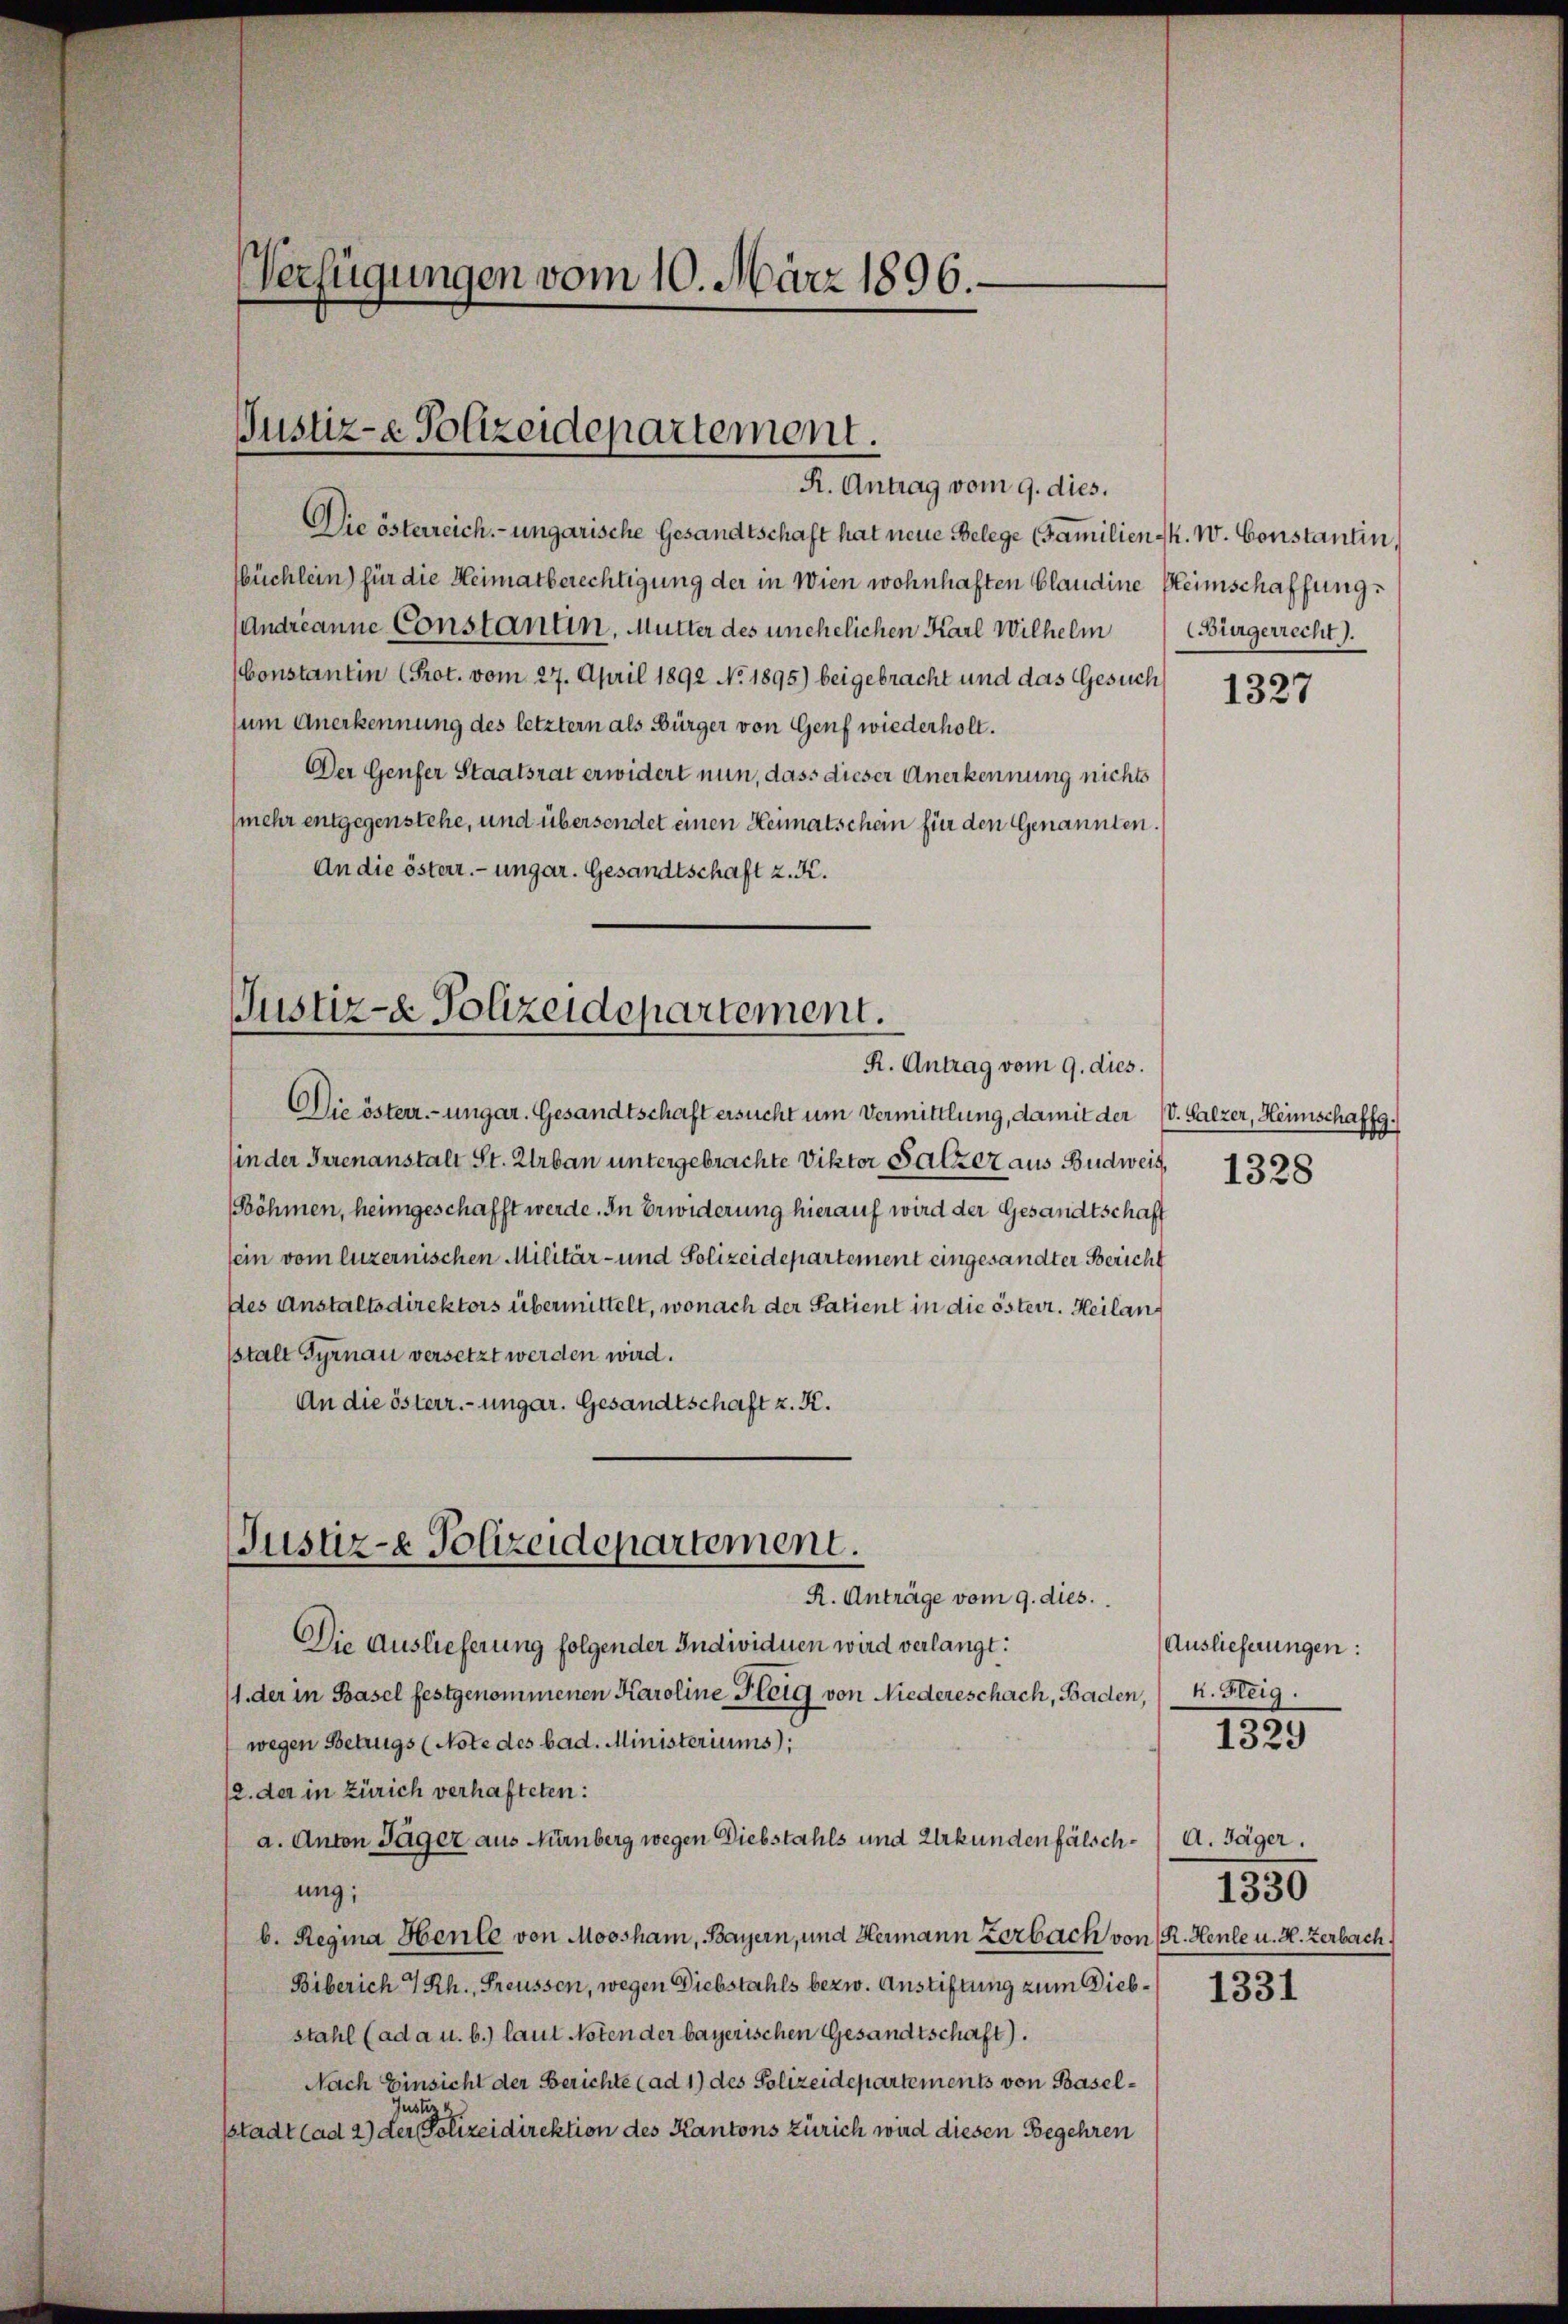
Verfügungen vom 10. März 1896.

Die österreich.- ungarische Gesandtschaft hat neue Belege (Familien k. W. Constantin.
üchlein) für die Heimatberechtigung der in Wien wohnhaften Blaudine Heimschaffung
Andreanne Constantin, Mutter des unehelichen Karl Wilhelm
(Constantin (Prot. vom 27. April 1892 No 1895) beigebracht und das Gesuch
um Anerkennung des letztern als Bürger von Genf wiederholt.
Der Genfer Staatsrat erwidert nun, dass dieser Anerkennung nichts
(mehr entgegenstehe, und übersendet einen Heimatschein für den Genannten.
An die österr. ungar. Gesandtschaft z. K.
Die österr.-ungar. Gesandtschaft ersucht um Vermittlung, damit der (v. Salzer, Heimschaffg
sin der Irrenanstalt St. Urban untergebrachte Viktor Satzer aus Budweis,
(Böhmen, heimgeschafft werde. In Erwiderung hierauf wird der Gesandtschaft
sein vom luzernischen Militär- und Polizeidepartement eingesandter Bericht
des Anstaltsdirektors übermittelt, wonach der Satient in die österr. Heilanstalt Gyrnau versetzt werden wird.
An die österr.-ungar. Gesandtschaft z. K.
Justiz- & Polizeidepartement.
R. Anträge vom 9. dies
Die Auslieferung folgender Individuen wird verlangt:
(1. der in Basel festgenommenen Karoline Fleig von Niedereschach, Baden, k. Fleig.
wegen Betrugs (Note des bad. Ministeriums);
12. der in Zürich verhafteten:
a. Anton Tager aus Nürnberg wegen Diebstahls und Urkunden fälschung;
b. Regina Hente von Moosham, Bayern, und Hermann zerbach von R. Heule u. H. zerbach,
Biberich 7 Rh., Freussen, wegen Diebstahls bezw. Anstiftung zum Diebstahl (ad a u. b.) laut Noten der bayerischen Gesandtschaft).
Nach Einsicht der Berichte (ad 1) des Polizeidepartements von Basel¬
Justiz
sstadt (ad 2) der Polizeidirektion des Kantons Zürich wird diesen Begehren

Justiz- & Polizeidepartement.
R. Antrag vom 9. dies.

Justiz- & Polizeidepartement.
R. Antrag vom 9. dies.

Bürgerrecht).

1327

1328

Auslieferungen:
A. Jäger.
1330
1331

1329